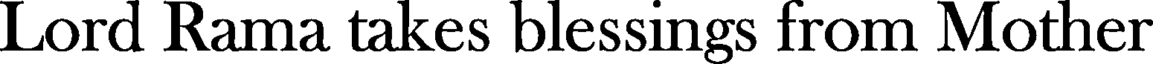
Lord Rama takes blessings from Mother